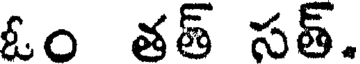
ఓం తత్ సత్.